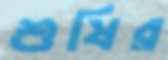
শুষির